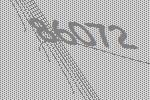
86072